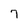
Character: 7